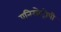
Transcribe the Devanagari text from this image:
एनिसोट्रोपी